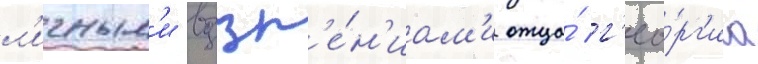
л'ичным'и воззр'е́н'иам'и отца́ г'ео́рг'иа